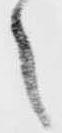
之